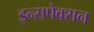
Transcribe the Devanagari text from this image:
इन्सपेक्सन